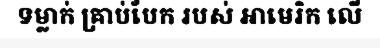
ទម្លាក់ គ្រាប់បែក របស់ អាមេរិក លើ